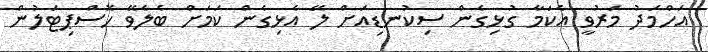
އަހްމަދު މަރުވީ އެކަމާ ގުޅިގެން ސިކުނޑިއަށް ލޭ އެޅިގެން ކަމަށް ބެލެވޭ ހޮސްޕިޓަލުން